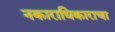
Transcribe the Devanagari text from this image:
नकाराधिकाराचा